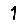
Digit: 1